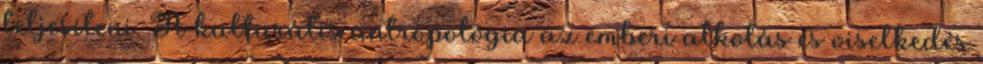
teljesíteni. A kulturális antropológia az emberi alkotás és viselkedés